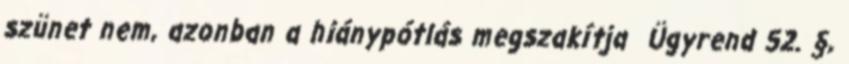
szünet nem, azonban a hiánypótlás megszakítja Ügyrend 52. §,